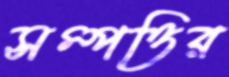
সম্পত্তির